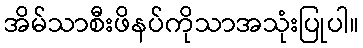
အိမ်သာစီးဖိနပ်ကိုသာအသုံးပြုပါ။